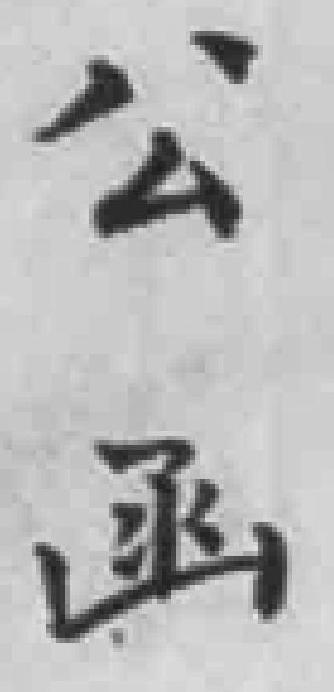
公函